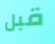
قبل